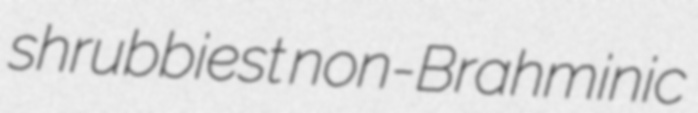
shrubbiest non-Brahminic